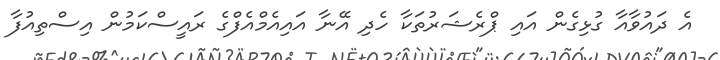
އެ ދައުވާއާ ގުޅިގެން އައި ޕްރެޝަރުތަކާ ހެދި އޭނާ އައިއެމްއެފްގެ ރައީސްކަމުން އިސްތިއުފާ